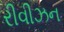
રીવીઝન